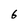
Character: 6